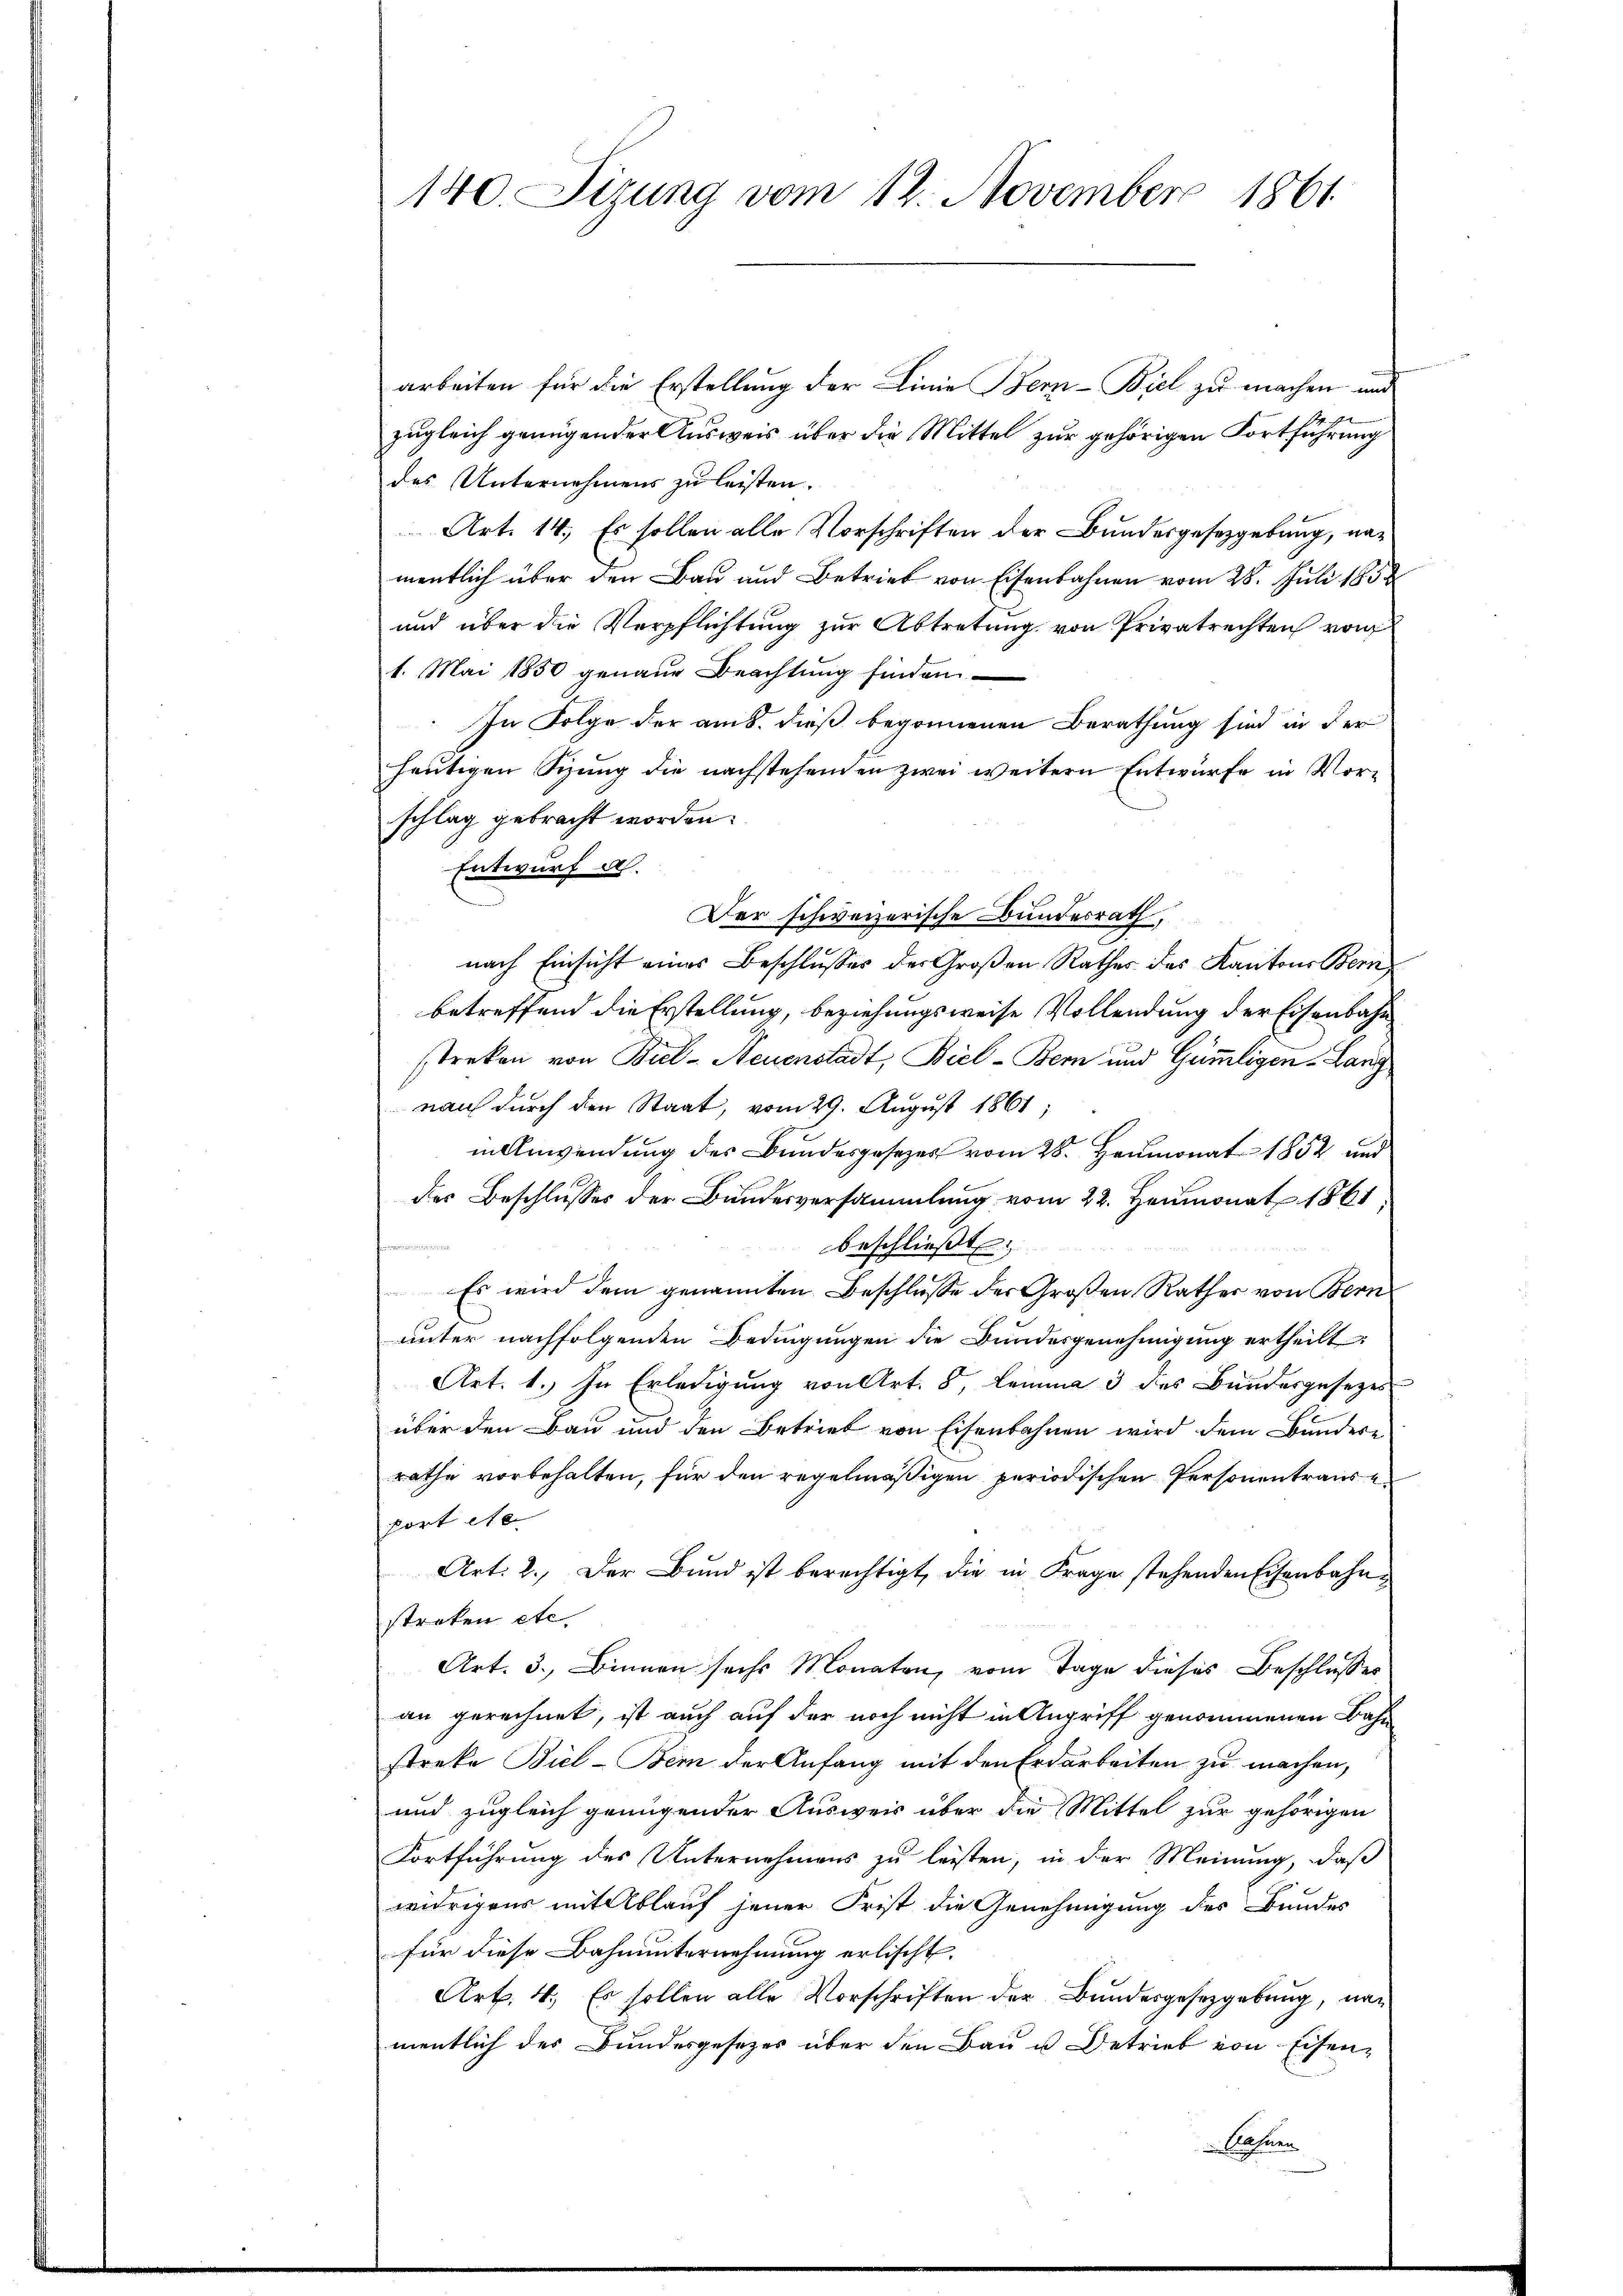
140. Sizung vom 12. November 1861

arbeiten für die Erstellung der Linie Bern-Biel zu machen und
dr
zugleich genügender Ausweis über die Mittel zur gehörigen Fortführung
des Unternehmens zu leisten.
Art. 14. Es sollen alle Vorschriften der Bundesgesetzgebung, namentlich über den Bau und Betrieb von Eisenbahnen vom 28. Juli 1858
und über die Verpflichtung zur Abtretung von Privatrechten von
1. Mai 1850 genaue Beachtung finden
In Folge der am 8. dieß begonnenen Berathung sind in der
heutigen Sizung die nachstehenden zwei weitern Entwurfe in Vorschlag gebracht worden.
Entwurf d.
Der schweizerische Bundesrath,
nach Einsicht eines Beschlusses der Großen Rathes des Kantons Bern
betreffend die Erstellung, beziehungsweise Vollendung der Eisenbahn
streken von Biel-Neuenstadt, Biel-Bern und Gümmligen-Lang
nau durch den Staat, vom 29. August 1861;
in Anwendung des Bundesgesezes vom 28. Heumonat 1852 und
des Beschlusses der Bundesversammlung vom 22. Heumonat 1861
umme
beschließt:
Es wird dem genannten Beschlusse der Großen Rathes von Bern
unter nachfolgenden Bedingungen die Bundesgenehmigung ertheilt
Art. 1. In Erledigung von Art. 8, Lemma 3 des Bundesgesezes
über den Bau und den Betrieb von Eisenbahnen wird dem Bundere
rathe vorbehalten, für den regelmäßigen periodischen Personentraus e
port No.
Art: 2. Der Bund ist berechtigt, die in Frage stehenden Eisenbahnstreken etc.
Art. 3. Binnen sechs Monaten, vom Tage dieses Beschlusses
an gerechnet, ist auch auf der noch nicht in Angriff genommenen Bahn
streke Biel - Bei der Anfang mit den Erdarbeiten zu machen,
und zugleich genügender Ausweis über die Mittel zur gehörigen
Fortführung des Unternehmens zu leisten, in der Meinung, daß
widrigens mit Ablauf jener Frist die Genehmigung des Bundes
für diese Bahnunternehmung erlischt.
Art. 4. Es sollen alle Vorschriften der Bundesgesetzgebung, nac
mentlich des Bundesgesetzes über den Bau u. Betrieb von Eisen-
Ahnen